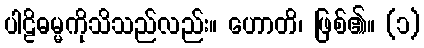
ပါဠိဓမ္မကိုသိသည်လည်း။ ဟောတိ၊ ဖြစ်၏။ (၁)